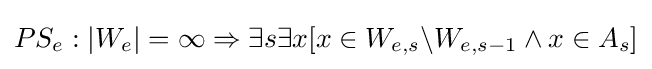
PS_{e}:|W_{e}|=\infty \Rightarrow \exists s\exists x[x\in W_{e,s}\backslash W_{e,s-1}\wedge x\in A_{s}]